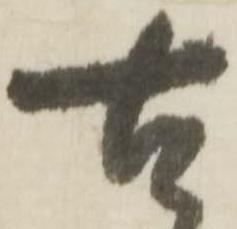
古